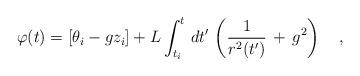
LaTeX: \begin{align*}\varphi(t)=\left[\theta_i-gz_i\right]+L\int_{t_i}^t\,dt'\,\left(\frac{1}{r^2(t')}\,+\,g^2\right)\ \ \ ,\end{align*}